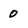
Character: 0